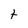
Character: t